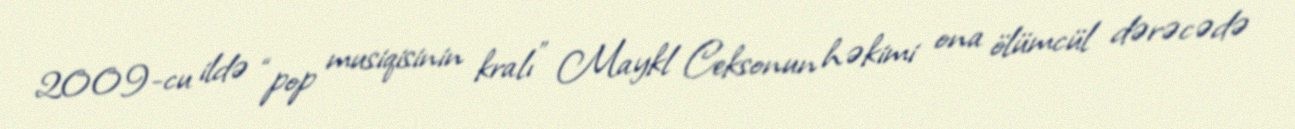
2009-cu ildə “pop musiqisinin kralı” Maykl Ceksonun həkimi ona ölümcül dərəcədə